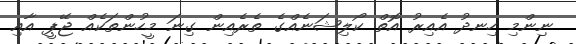
ނިންމި ހިނދު އެއިރު އޮތް ކޯލިޝަނެއްގެ ތެރެއިން ގިނަ މީހުންތަކެއް ޖޭޕީ އާއި